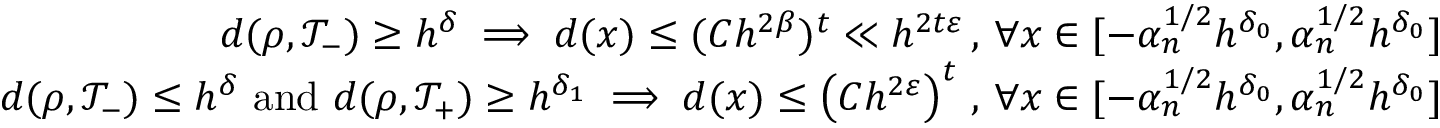
\begin{array} { r } { d ( \rho , \mathcal { T } _ { - } ) \geq h ^ { \delta } \implies d ( x ) \leq ( C h ^ { 2 \beta } ) ^ { t } \ll h ^ { 2 t \varepsilon } \, , \, \forall x \in [ - \alpha _ { n } ^ { 1 / 2 } h ^ { \delta _ { 0 } } , \alpha _ { n } ^ { 1 / 2 } h ^ { \delta _ { 0 } } ] } \\ { d ( \rho , \mathcal { T } _ { - } ) \leq h ^ { \delta } \mathrm { ~ a n d ~ } d ( \rho , \mathcal { T } _ { + } ) \geq h ^ { \delta _ { 1 } } \implies d ( x ) \leq \left( C h ^ { 2 \varepsilon } \right) ^ { t } \, , \, \forall x \in [ - \alpha _ { n } ^ { 1 / 2 } h ^ { \delta _ { 0 } } , \alpha _ { n } ^ { 1 / 2 } h ^ { \delta _ { 0 } } ] } \end{array}